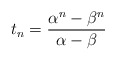
\begin{align*} t_n=\frac{\alpha^n-\beta^n}{\alpha-\beta}\end{align*}